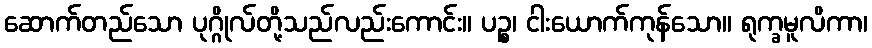
ဆောက်တည်သော ပုဂ္ဂိုလ်တို့သည်လည်းကောင်း။ ပဉ္စ၊ ငါးယောက်ကုန်သော။ ရုက္ခမူလိကာ၊